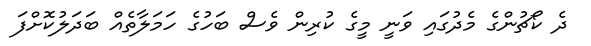
ދެ ކޯޗުންގެ މެދުގައި ވަނީ މީގެ ކުރިން ވެސް ބަހުގެ ހަމަލާތެއް ބަދަލުކޮށްފަ